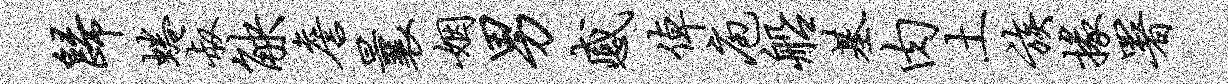
归蜷叔觖詹曩姻男感倬庖船基肉土族掾署